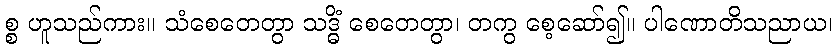
စ္စ ဟူသည်ကား။ သံစေတေတွာ သဒ္ဓိံ စေတေတွာ၊ တကွ စေ့ဆော်၍။ ပါဏောတိသညာယ၊